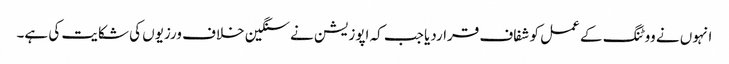
انہوں نے ووٹنگ کے عمل کو شفاف قراردیا جب کہ اپوزیشن نے سنگین خلاف ورزیوں کی شکایت کی ہے۔